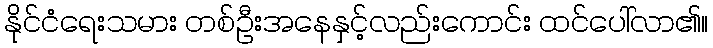
နိုင်ငံရေးသမား တစ်ဦးအနေနှင့်လည်းကောင်း ထင်ပေါ်လာ၏။